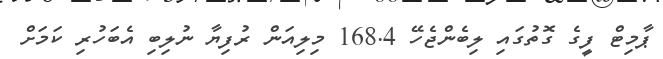
ޕާމިޓް ފީގެ ގޮތުގައި ލިބެންޖެހޭ 168.4 މިލިއަން ރުފިޔާ ނުލިބި އެބަހުރި ކަމަށް